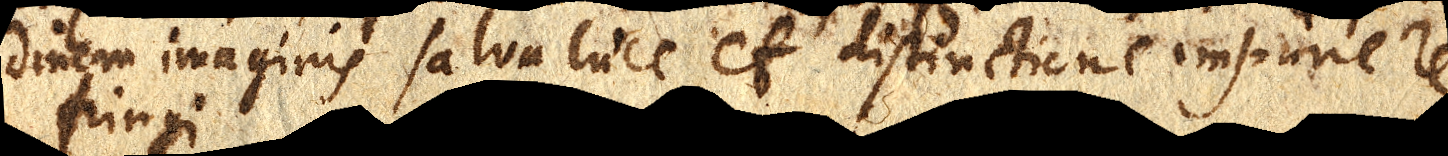
dinem imaginis salva luce et distinctione impune re–